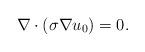
LaTeX: \begin{align*}\nabla\cdot(\sigma\nabla u_0)=0.\end{align*}